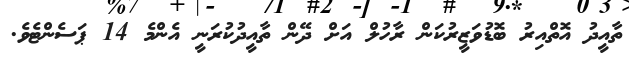
ތާއީދު އޮތްއިރު ބޮޑުވަޒީރުކަން ރާހުލް އަށް ދޭން ތާއީދުކުރަނީ އެންމެ 14 ޕަސެންޓެވެ.